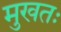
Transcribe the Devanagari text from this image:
मुखतः